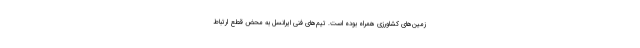
زمین‌های کشاورزی همراه بوده است. تیم‌های فنی ایرانسل به محض قطع ارتباط